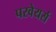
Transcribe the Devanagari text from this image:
परवेयर्स